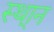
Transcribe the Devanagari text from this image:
स्था्न